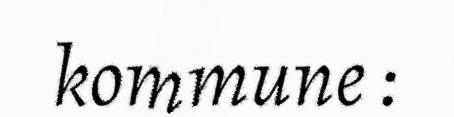
kommune :